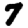
Digit: 7